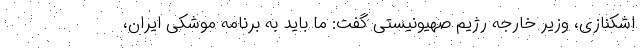
اشکنازی، وزیر خارجه رژیم صهیونیستی گفت: ما باید به برنامه موشکی ایران،